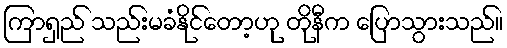
ကြာရှည် သည်းမခံနိုင်တော့ဟု တိုနီက ပြောသွားသည်။